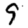
Digit: 9